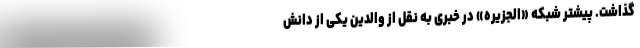
گذاشت. پیشتر شبکه «الجزیره» در خبری به نقل از والدین یکی از دانش‌